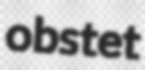
obstet